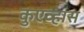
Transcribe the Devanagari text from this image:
कुएव्हास